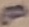
Text: 8